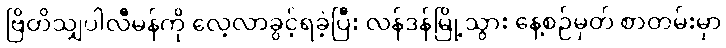
ဗြိတိသျှပါလီမန်ကို လေ့လာခွင့်ရခဲ့ပြီး လန်ဒန်မြို့သွား နေ့စဉ်မှတ် စာတမ်းမှာ